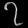
Digit: ၇